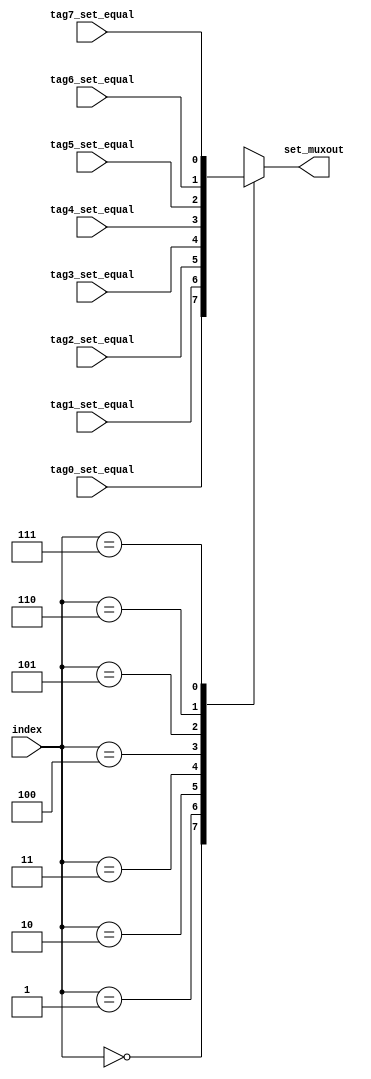
module mux8to1_1bit(input tag0_set_equal, input tag1_set_equal, input tag2_set_equal, input tag3_set_equal, input tag4_set_equal, 
			input tag5_set_equal, input tag6_set_equal, input tag7_set_equal,
			input [2:0]index,
			output reg set_muxout);

	always@(tag0_set_equal, tag1_set_equal,  tag2_set_equal,  tag3_set_equal,  tag4_set_equal, 
			 tag5_set_equal,  tag6_set_equal,  tag7_set_equal, index)
	begin
		case (index)
		3'd0: set_muxout=tag0_set_equal;
		3'd1: set_muxout=tag1_set_equal;
		3'd2: set_muxout=tag2_set_equal;
		3'd3: set_muxout=tag3_set_equal;
		3'd4: set_muxout=tag4_set_equal;
		3'd5: set_muxout=tag5_set_equal;
		3'd6: set_muxout=tag6_set_equal;
		3'd7: set_muxout=tag7_set_equal;
		endcase
	end
endmodule

module mux2to1_1bit(input inp0, input inp1, input sel, output reg muxOut);

	always@(inp0 or inp1 or sel)
	begin
		case (sel)
			1'b0: muxOut = inp0;
			1'b1: muxOut = inp1;
		endcase
	end
endmodule

module mux64Bto32B(input [255:0] inp0, input [255:0] inp1, input sel, output reg [255:0] outputData);
	always @(inp0 or inp1 or sel)
	begin
		case(sel)
			1'b0 : outputData = inp0;
			1'b1 : outputData = inp1;
		endcase
	end
endmodule

module muxBlockSelect(input [255:0] inputData, input [4:0] selOffset, output reg [7:0] finalDataBlock);
	always @(inputData or selOffset)
	begin
		case(selOffset)
			5'd0 : finalDataBlock = inputData[7:0];
			5'd1 : finalDataBlock = inputData[15:8];
			5'd2 : finalDataBlock = inputData[23:16];
			5'd3 : finalDataBlock = inputData[31:24];
			5'd4 : finalDataBlock = inputData[39:32];
			5'd5 : finalDataBlock = inputData[47:40];
			5'd6 : finalDataBlock = inputData[55:48];
			5'd7 : finalDataBlock = inputData[63:56];
			5'd8 : finalDataBlock = inputData[71:64];
			5'd9 : finalDataBlock = inputData[79:72];
			5'd10 : finalDataBlock = inputData[87:80];
			5'd11 : finalDataBlock = inputData[95:88];
			5'd12 : finalDataBlock = inputData[103:96];
			5'd13 : finalDataBlock = inputData[111:104];
			5'd14 : finalDataBlock = inputData[119:112];
			5'd15 : finalDataBlock = inputData[127:120];
			5'd16 : finalDataBlock = inputData[135:128];
			5'd17 : finalDataBlock = inputData[143:136];
			5'd18 : finalDataBlock = inputData[151:144];
			5'd19 : finalDataBlock = inputData[159:152];
			5'd20 : finalDataBlock = inputData[167:160];
			5'd21 : finalDataBlock = inputData[175:168];
			5'd22 : finalDataBlock = inputData[183:176];
			5'd23 : finalDataBlock = inputData[191:184];
			5'd24 : finalDataBlock = inputData[199:192];
			5'd25 : finalDataBlock = inputData[207:200];
			5'd26 : finalDataBlock = inputData[215:208];
			5'd27 : finalDataBlock = inputData[223:216];
			5'd28 : finalDataBlock = inputData[231:224];
			5'd29 : finalDataBlock = inputData[239:232];
			5'd30 : finalDataBlock = inputData[247:240];
			5'd31 : finalDataBlock = inputData[255:248];
		endcase
	end
endmodule